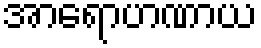
အာရောဟဏာယ